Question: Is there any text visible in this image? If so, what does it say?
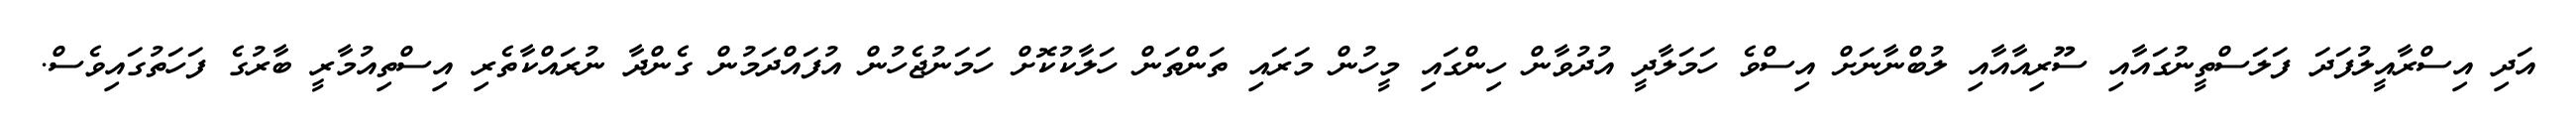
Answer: އަދި އިސްރާއީލުފަދަ ފަލަސްތީނުގައާއި ސޫރިއާއާއި ލުބްނާނަށް އިސްވެ ހަމަލާދީ އުދުވާން ހިންގައި މީހުން މަރައި ތަންތަން ހަލާކުކޮށް ހަމަނުޖެހުން އުފައްދަމުން ގެންދާ ނުރައްކާތެރި އިސްތިއުމާރީ ބާރުގެ ފަހަތުގައިވެސް.